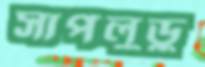
সাপলুডু